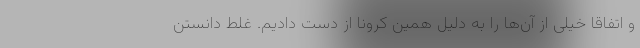
و اتفاقا خیلی از آن‌ها را به دلیل همین کرونا از دست دادیم. غلط دانستن